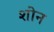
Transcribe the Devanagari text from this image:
शोन